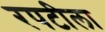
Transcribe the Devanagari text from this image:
रपटीला